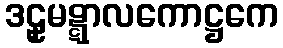
ဒဠှမဋ္ဋာလကောဋ္ဌကေ